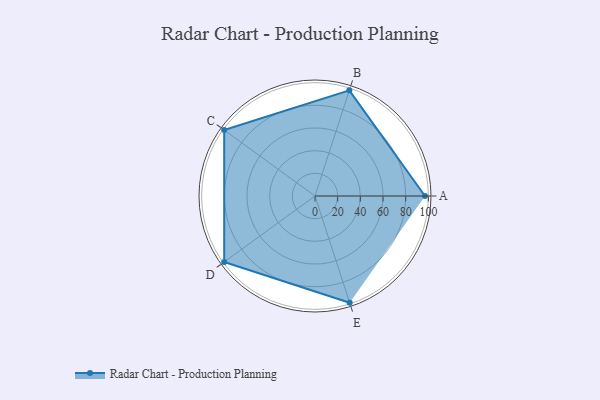
{"axis": {"x": "Skill", "y": "Score"}, "legend": ["Profile"], "data": [{"x": "A", "y": 97.0, "type": "Profile"}, {"x": "B", "y": 98.0, "type": "Profile"}, {"x": "C", "y": 99.0, "type": "Profile"}, {"x": "D", "y": 99, "type": "Profile"}, {"x": "E", "y": 99, "type": "Profile"}]}